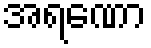
အရဏော